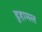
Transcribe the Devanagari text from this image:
डुहामल